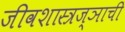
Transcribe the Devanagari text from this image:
जीवशास्त्रज्ञाची